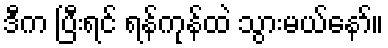
ဒီက ပြီးရင် ရန်ကုန်ထဲ သွားမယ်နော်။